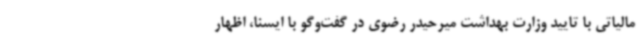
مالیاتی با تایید وزارت بهداشت میرحیدر رضوی در گفت‌وگو با ایسنا، اظهار